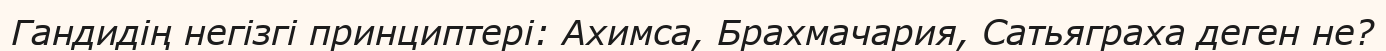
Гандидің негізгі принциптері: Ахимса, Брахмачария, Сатьяграха деген не?